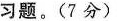
习题。(7分)